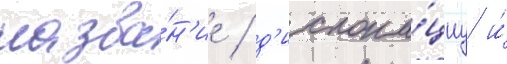
назва́н'ие / д'ислока́циу и́